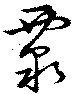
覈